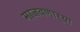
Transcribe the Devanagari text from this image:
माजवणाऱ्या